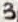
Text: 3